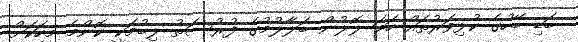
ބަޑި ބޭހުގެ ކުޅިވަރުތައް ހަމަ ލޮލުން ބަލާލުމުގެ ފުރުސަތު ލިބުމަކީ ކޮންމެ މީހަކަށް